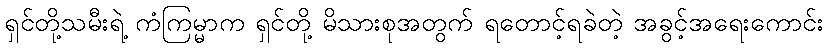
ရှင်တို့သမီးရဲ့ ကံကြမ္မာက ရှင်တို့ မိသားစုအတွက် ရတောင့်ရခဲတဲ့ အခွင့်အရေးကောင်း